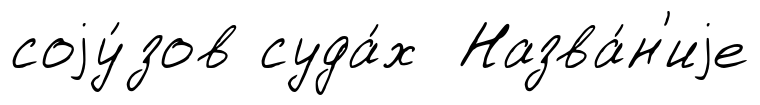
соjу́зов суда́х Назва́н'иjе